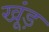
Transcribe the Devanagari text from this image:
खूंड़